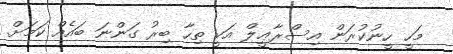
މަހީ ހީނުކުރަން އިސްރާޢީލް އަކީ ތިހާ ބިރު ގަންނަ ބައެއް ކަމަށް.